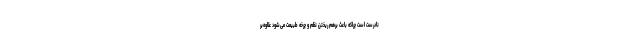
نادرست است چراکه باعث برهم ریختن نظم و چرخه طبیعت می‌شود علاوه‌بر